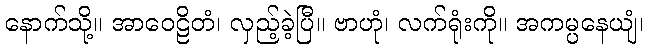
နောက်သို့။ အာဝေဠိတံ၊ လှည့်ခဲ့ပြီ။ ဗာဟုံ၊ လက်ရုံးကို။ အကမ္ပနေယျံ၊